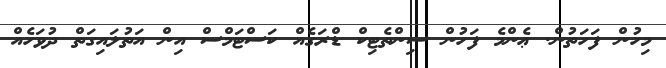
މިހުން ފަހަތުން. ޢެންމެ ފަހުން ސިންތެޓިކް ޑްރަގެއް ކަސްޓަމްސް އިން އަތުލައިގަތް ދުވަހެއް